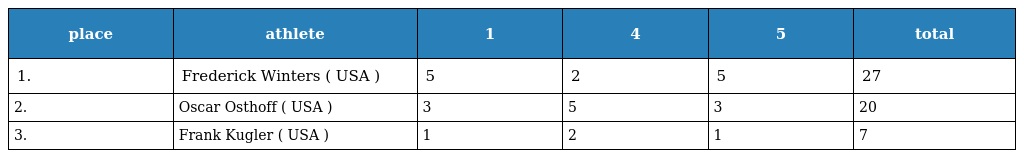
| place | athlete | 1 | 4 | 5 | total |
 | --- | --- | --- | --- | --- | --- |
 | 1. | Frederick Winters ( USA ) | 5 | 2 | 5 | 27 |
 | 2. | Oscar Osthoff ( USA ) | 3 | 5 | 3 | 20 |
 | 3. | Frank Kugler ( USA ) | 1 | 2 | 1 | 7 |